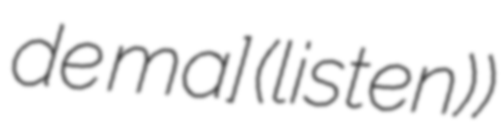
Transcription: de maʁɛ] (listen))